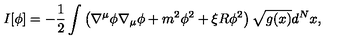
I [ \phi ] = - { \frac { 1 } { 2 } } \int \left( \nabla ^ { \mu } \phi \nabla _ { \mu } \phi + m ^ { 2 } \phi ^ { 2 } + \xi R \phi ^ { 2 } \right) \sqrt { g ( x ) } d ^ { N } x ,